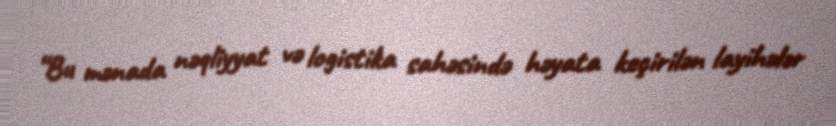
“Bu mənada nəqliyyat və logistika sahəsində həyata keçirilən layihələr